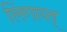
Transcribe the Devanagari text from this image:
लिंगाय्त्